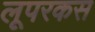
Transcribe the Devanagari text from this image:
लूपरकस